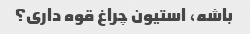
باشه، استیون چراغ قوه داری؟